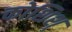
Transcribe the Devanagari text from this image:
कोशिश्